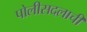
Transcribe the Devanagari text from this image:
पोलीसदलाची